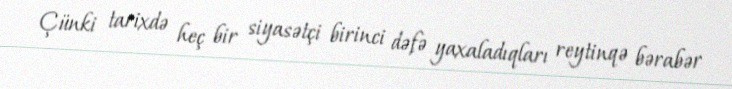
Çünki tarixdə heç bir siyasətçi birinci dəfə yaxaladıqları reytinqə bərabər